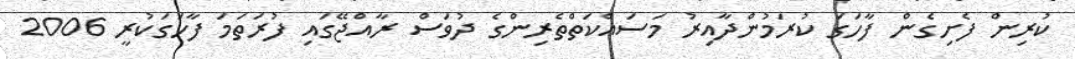
ކުރިން ފެށިގެން ފާހަގަ ކުރަމުންދާއިރު މަސައްކަތްތެރިންގެ ދުވަސް ރާއްޖޭގައި ފުރަތަމަ ފާހަގަކުރީ 2006